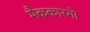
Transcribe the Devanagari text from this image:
मैककारगो